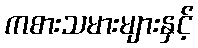
ကစားသမားများနှင့်